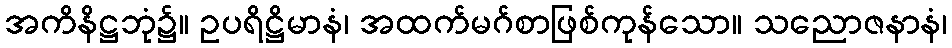
အကိနိဋ္ဌဘုံ၌။ ဥပရိဋ္ဌိမာနံ၊ အထက်မဂ်စာဖြစ်ကုန်သော။ သညောဇနာနံ၊